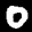
Label: 0